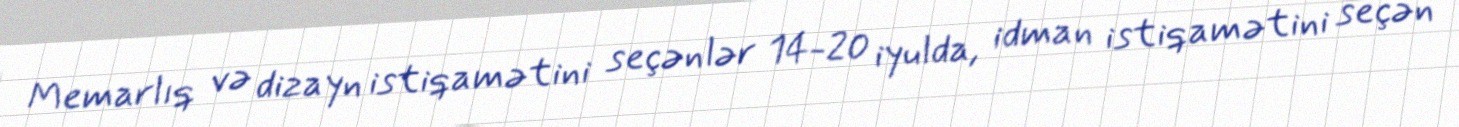
Memarlıq və dizayn istiqamətini seçənlər 14-20 iyulda, idman istiqamətini seçən